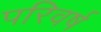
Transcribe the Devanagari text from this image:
परिवर्ष